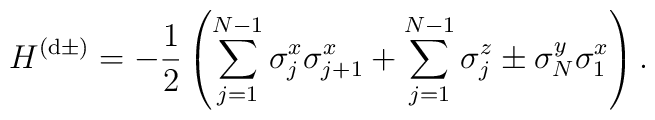
H^{(\mathrm{d}\pm)} = -\frac{1}{2}\left(\sum_{j=1}^{N-1}\sigma^{x}_{j}\sigma^{x}_{j+1}+\sum_{j=1}^{N-1}\sigma^{z}_{j}\pm\sigma^{y}_{N}\sigma^{x}_{1}\right).